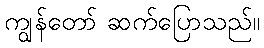
ကျွန်တော် ဆက်ပြောသည်။